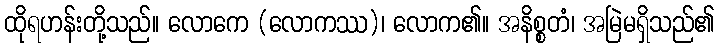
ထိုရဟန်းတို့သည်။ လောကေ (လောကဿ)၊ လောက၏။ အနိစ္စတံ၊ အမြဲမရှိသည်၏